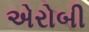
એરોબી